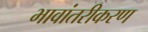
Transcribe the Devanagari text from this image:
भावांतरीकरण